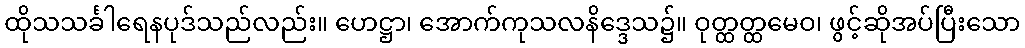
ထိုသသင်္ခါရေနပုဒ်သည်လည်း။ ဟေဋ္ဌာ၊ အောက်ကုသလနိဒ္ဒေသ၌။ ဝုတ္ထတ္ထမေဝ၊ ဖွင့်ဆိုအပ်ပြီးသော